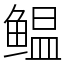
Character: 鳁